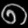
Digit: ၈